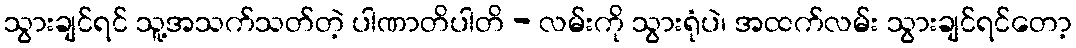
သွားချင်ရင် သူ့အသက်သတ်တဲ့ ပါဏာတိပါတိ - လမ်းကို သွားရုံပဲ၊ အထက်လမ်း သွားချင်ရင်တော့